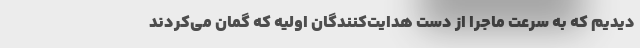
دیدیم که به سرعت ماجرا از دست هدایت‌کنندگان اولیه که گمان می‌کردند